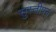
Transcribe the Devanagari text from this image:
सुस्तीपन